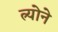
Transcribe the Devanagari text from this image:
त्र्योने